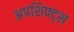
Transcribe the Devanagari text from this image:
अपशिफ्ट्स